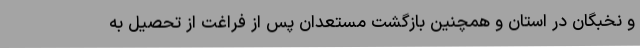
و نخبگان در استان و همچنین بازگشت مستعدان پس از فراغت از تحصیل به